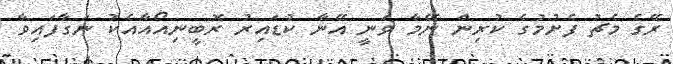
ރޭގެ މެޗު ފެށުމުގެ ކުރިން ނޭމާ ވަނީ އޭނާ ކުޑައިރު ރޮބީނިއޯއާއެކު ނަގާފައިވާ